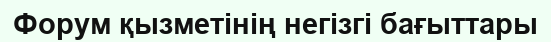
Форум қызметінің негізгі бағыттары